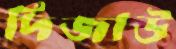
দিজাউ